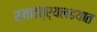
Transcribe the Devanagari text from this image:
स्वातंत्र्यलढयात